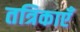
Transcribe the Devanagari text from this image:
तत्रिकाएँ